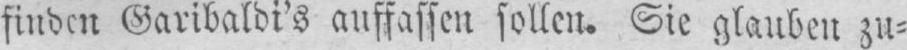
finden Garibaldi’s auffassen sollen. Sie glauben zu⸗